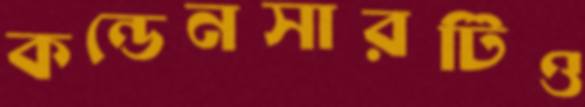
কন্ডেনসারটিও